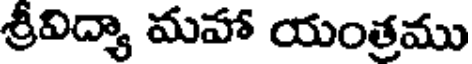
శ్రీవిద్యా మహా యంత్రము